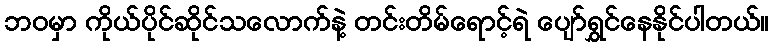
ဘဝမှာ ကိုယ်ပိုင်ဆိုင်သလောက်နဲ့ တင်းတိမ်ရောင့်ရဲ ပျော်ရွှင်နေနိုင်ပါတယ်။